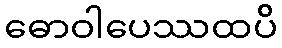
ဓောဝါပေဿထပိ